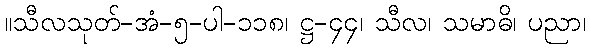
။သီလသုတ်-အံ-၅-ပါ-၁၁၈၊ ဋ္ဌ-၄၄၊ သီလ၊ သမာဓိ၊ ပညာ၊